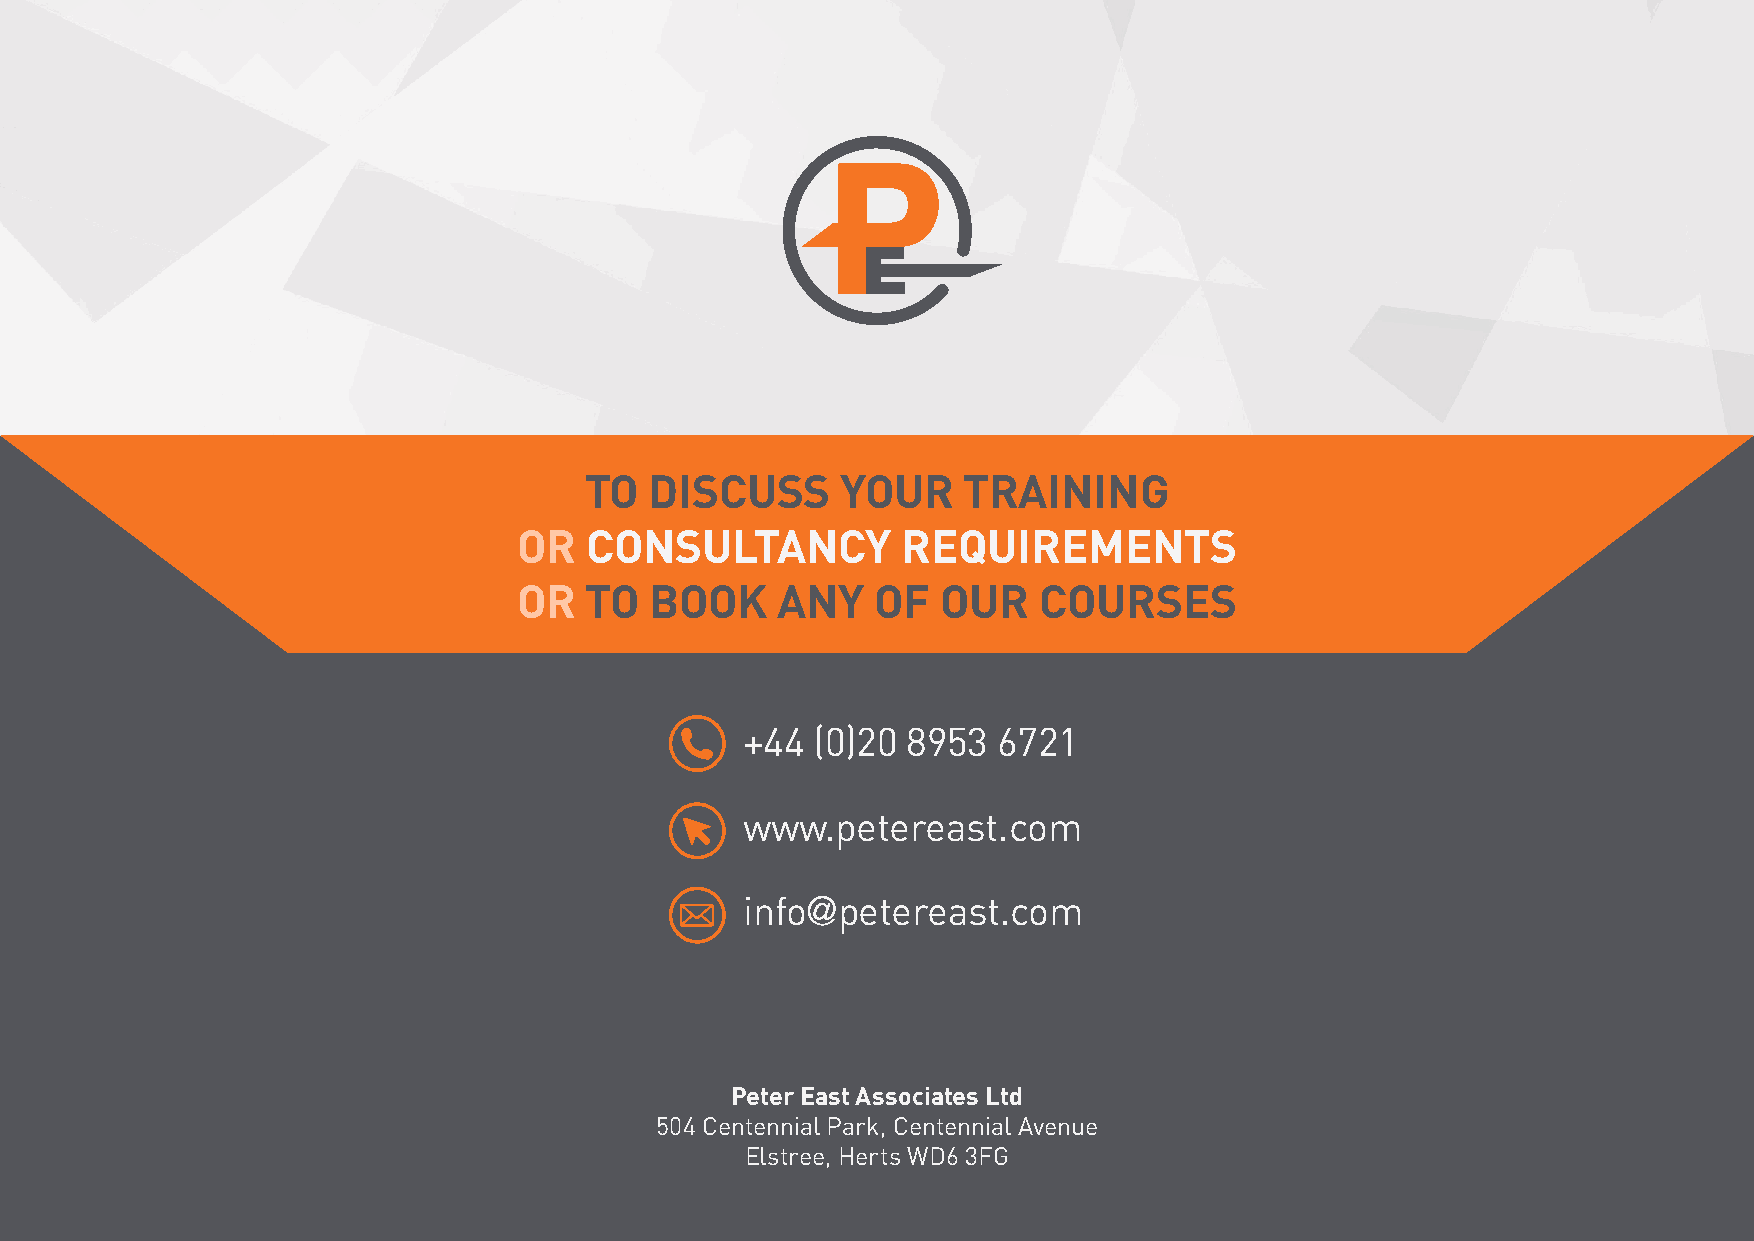
TO  DISCUSS      YOUR    TRAINING
 OR   CONSULTANCY          REQUIREMENTS
 OR   TO  BOOK    ANY    OF  OUR    COURSES
 +44  (0)20 8953  6721
 www.petereast.com
 info  petereast.com
 @
 Peter East Associates Ltd
 504 Centennial Park, Centennial Avenue
 Elstree, Herts WD6 3FG